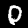
Digit: 0